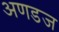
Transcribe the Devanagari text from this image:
अणडज